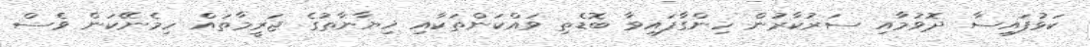
ކަޅުފައިސާ ދޮވުމާއި ސަރުކާރުން ހިންގާފައިވާ ބޮޑެތި ވައްކަންތަކާއި ޚިޔާނާތުގެ ޖަރީމާތައް ހިމެނޭކަން ވެސް